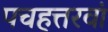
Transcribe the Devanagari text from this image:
पचहत्तरवां